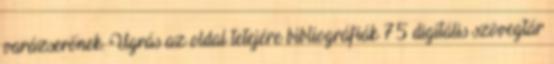
varázserőnek. Ugrás az oldal tetejére bibliográfiák 75 digitális szövegtár